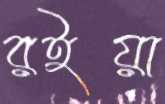
রইয়া